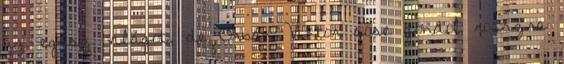
az egész világot, de Orbán Viktor sose gondol rosszra